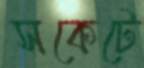
সকেটে